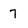
Character: 7